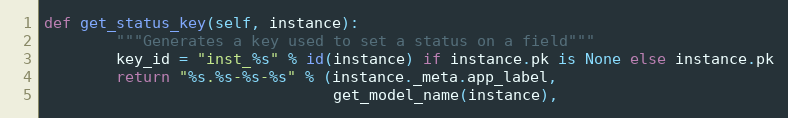
Language: Python
def get_status_key(self, instance):
        """Generates a key used to set a status on a field"""
        key_id = "inst_%s" % id(instance) if instance.pk is None else instance.pk
        return "%s.%s-%s-%s" % (instance._meta.app_label,
                                get_model_name(instance),